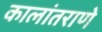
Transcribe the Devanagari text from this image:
कालांतराणे